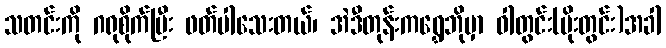
သတင်းကို ဂရုစိုက်ပြီး ဖတ်ပါသေးတယ်၊ အဲဒီတုန်းကရွှေဘိုမှာ ဝါတွင်း(မိုးတွင်း)အခါ